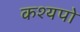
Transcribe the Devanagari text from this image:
कश्यपो